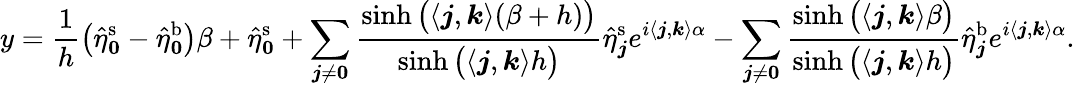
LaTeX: y=\frac{1}{h}\big(\hat{\eta}_{\boldsymbol 0}^{\mathrm{s}}-\hat{\eta}_{\boldsymbol 0}^{\mathrm{b}}\big)\beta+\hat{\eta}_{\boldsymbol 0}^{\mathrm{s}}+\sum_{\boldsymbol j\neq\boldsymbol 0}\frac{\sinh\big(\langle\boldsymbol j,\boldsymbol k\rangle(\beta+h)\big)}{\sinh\big(\langle\boldsymbol j,\boldsymbol k\rangle h\big)}\hat{\eta}_{\boldsymbol j}^{\mathrm{s}}e^{i\langle\boldsymbol j,\boldsymbol k\rangle\alpha}-\sum_{\boldsymbol j\neq\boldsymbol 0}\frac{\sinh\big(\langle\boldsymbol j,\boldsymbol k\rangle\beta\big)}{\sinh\big(\langle\boldsymbol j,\boldsymbol k\rangle h\big)}\hat{\eta}_{\boldsymbol j}^{\mathrm{b}}e^{i\langle\boldsymbol j,\boldsymbol k\rangle\alpha}.